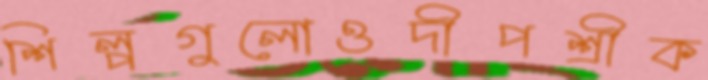
শিল্পগুলোওদীপশ্রীক